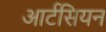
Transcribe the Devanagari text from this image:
आर्टसियन